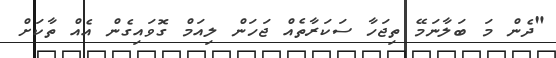
"ދެން މަ ބަލާނަމޭ ތިޖަހާ ސަކަރާތެއް ޖަހަން ލިއަމް ގޮވައިގެން އެއް ތާކަށް